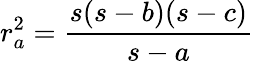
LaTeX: r_{a}^{2}={\frac{s(s-b)(s-c)}{s-a}}